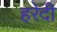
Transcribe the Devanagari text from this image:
हरेदी